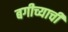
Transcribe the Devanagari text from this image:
बगीच्याची